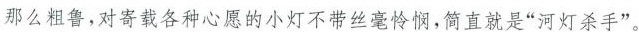
那么粗鲁，对寄载各种心愿的小灯不带丝毫怜悯，简直就是“河灯杀手”。